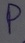
Text: P